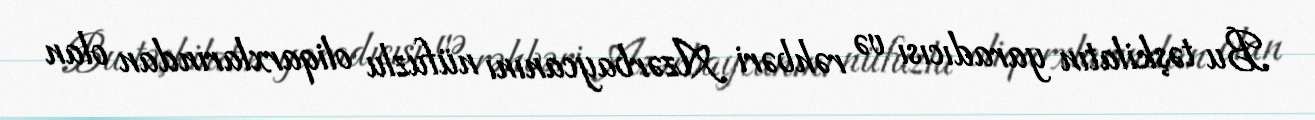
Bu təşkilatın yaradıcısı və rəhbəri Azərbaycanını nüfuzlu oliqarxlarından olan